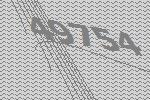
49754